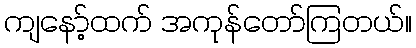
ကျနော့်ထက် အကုန်တော်ကြတယ်။